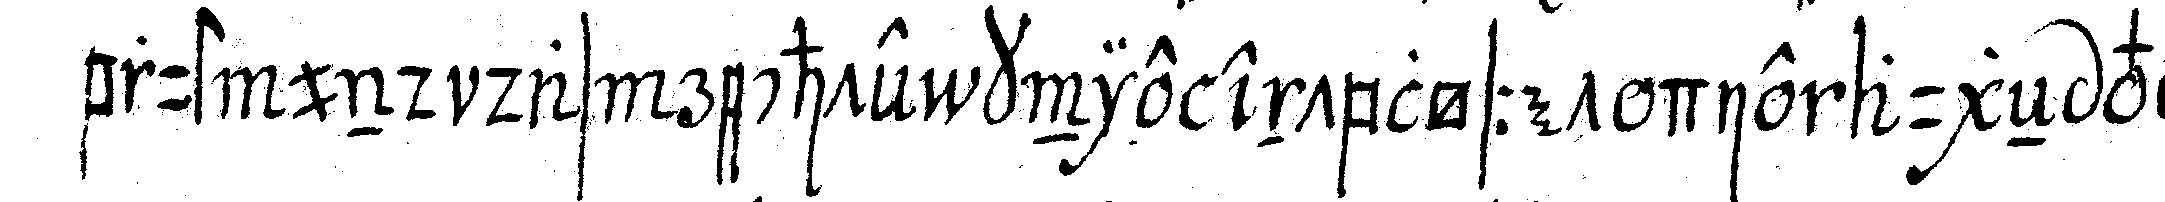
brust und das rechte knie entblösset die augeN ver